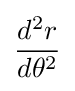
{\frac {d^{2}r}{d\theta ^{2}}}